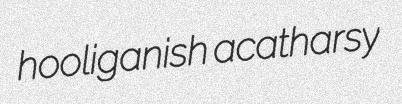
hooliganish acatharsy